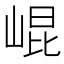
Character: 崐